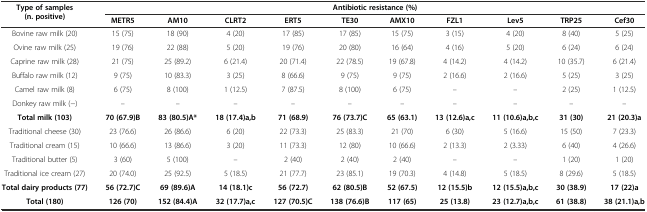
<table><thead><tr><td rowspan="2"><b>Type of samples (n. positive)</b></td><td colspan="10"><b>Antibiotic resistance (%)</b></td></tr><tr><td><b>METR5</b></td><td><b>AM10</b></td><td><b>CLRT2</b></td><td><b>ERT5</b></td><td><b>TE30</b></td><td><b>AMX10</b></td><td><b>FZL1</b></td><td><b>Lev5</b></td><td><b>TRP25</b></td><td><b>Cef30</b></td></tr></thead><tbody><tr><td>Bovine raw milk (20)</td><td>15 (75)</td><td>18 (90)</td><td>4 (20)</td><td>17 (85)</td><td>17 (85)</td><td>15 (75)</td><td>3 (15)</td><td>4 (20)</td><td>8 (40)</td><td>5 (25)</td></tr><tr><td>Ovine raw milk (25)</td><td>19 (76)</td><td>22 (88)</td><td>5 (20)</td><td>19 (76)</td><td>20 (80)</td><td>16 (64)</td><td>4 (16)</td><td>5 (20)</td><td>6 (24)</td><td>6 (24)</td></tr><tr><td>Caprine raw milk (28)</td><td>21 (75)</td><td>25 (89.2)</td><td>6 (21.4)</td><td>20 (71.4)</td><td>22 (78.5)</td><td>19 (67.8)</td><td>4 (14.2)</td><td>4 (14.2)</td><td>10 (35.7)</td><td>6 (21.4)</td></tr><tr><td>Buffalo raw milk (12)</td><td>9 (75)</td><td>10 (83.3)</td><td>3 (25)</td><td>8 (66.6)</td><td>9 (75)</td><td>9 (75)</td><td>2 (16.6)</td><td>2 (16.6)</td><td>5 (25)</td><td>3 (25)</td></tr><tr><td>Camel raw milk (8)</td><td>6 (75)</td><td>8 (100)</td><td>1 (12.5)</td><td>7 (87.5)</td><td>8 (100)</td><td>6 (75)</td><td>–</td><td>–</td><td>2 (25)</td><td>1 (12.5)</td></tr><tr><td>Donkey raw milk (−)</td><td>–</td><td>–</td><td>–</td><td>–</td><td>–</td><td>–</td><td>–</td><td>–</td><td>–</td><td>–</td></tr><tr><td><b>Total milk (103)</b></td><td><b>70 (67.9)B</b></td><td><b>83 (80.5)A*</b></td><td><b>18 (17.4)a,b</b></td><td><b>71 (68.9)</b></td><td><b>76 (73.7)C</b></td><td><b>65 (63.1)</b></td><td><b>13 (12.6)a,c</b></td><td><b>11 (10.6)a,b,c</b></td><td><b>31 (30)</b></td><td><b>21 (20.3)a</b></td></tr><tr><td>Traditional cheese (30)</td><td>23 (76.6)</td><td>26 (86.6)</td><td>6 (20)</td><td>22 (73.3)</td><td>25 (83.3)</td><td>21 (70)</td><td>6 (30)</td><td>5 (16.6)</td><td>15 (50)</td><td>7 (23.3)</td></tr><tr><td>Traditional cream (15)</td><td>10 (66.6)</td><td>13 (86.6)</td><td>3 (20)</td><td>11 (73.3)</td><td>12 (80)</td><td>10 (66.6)</td><td>2 (13.3)</td><td>2 (3.33)</td><td>6 (40)</td><td>4 (26.6)</td></tr><tr><td>Traditional butter (5)</td><td>3 (60)</td><td>5 (100)</td><td>–</td><td>2 (40)</td><td>2 (40)</td><td>2 (40)</td><td>–</td><td>–</td><td>1 (20)</td><td>1 (20)</td></tr><tr><td>Traditional ice cream (27)</td><td>20 (74.0)</td><td>25 (92.5)</td><td>5 (18.5)</td><td>21 (77.7)</td><td>23 (85.1)</td><td>19 (70.3)</td><td>4 (14.8)</td><td>5 (18.5)</td><td>8 (29.6)</td><td>5 (18.5)</td></tr><tr><td><b>Total dairy products (77)</b></td><td><b>56 (72.7)C</b></td><td><b>69 (89.6)A</b></td><td><b>14 (18.1)c</b></td><td><b>56 (72.7)</b></td><td><b>62 (80.5)B</b></td><td><b>52 (67.5)</b></td><td><b>12 (15.5)b</b></td><td><b>12 (15.5)a,b,c</b></td><td><b>30 (38.9)</b></td><td><b>17 (22)a</b></td></tr><tr><td><b>Total (180)</b></td><td><b>126 (70)</b></td><td><b>152 (84.4)A</b></td><td><b>32 (17.7)a,c</b></td><td><b>127 (70.5)C</b></td><td><b>138 (76.6)B</b></td><td><b>117 (65)</b></td><td><b>25 (13.8)</b></td><td><b>23 (12.7)a,b,c</b></td><td><b>61 (38.8)</b></td><td><b>38 (21.1)a,b</b></td></tr></tbody></table>